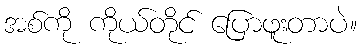
အစ်ကို ကိုယ်တိုင် ပြောဖူးတာပဲ။